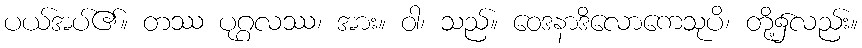
ပယ်အပ်၏။ တဿ ပုဂ္ဂလဿ၊ အား။ ဝါ၊ သည်။ ဝေဒနာဒိလောကေသုပိ၊ တို့၌လည်း။